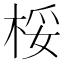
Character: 桵